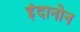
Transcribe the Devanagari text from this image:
इंदानोन